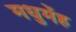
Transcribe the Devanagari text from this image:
मधुमेंह